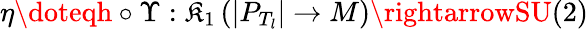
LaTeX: \eta\doteqh\circ\Upsilon:\mathfrak{K}_{1}\left(|P_{T_{l}}|\rightarrow{M}\right)\rightarrowSU(2)